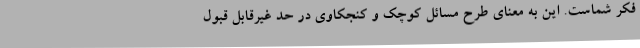
فکر شماست. این به معنای طرح مسائل کوچک و کنجکاوی در حد غیرقابل قبول